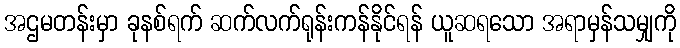
အဌမတန်းမှာ ခုနစ်ရက် ဆက်လက်ရုန်းကန်နိုင်ရန် ယူဆရသော အရာမှန်သမျှကို